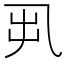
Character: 𠃨